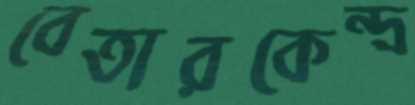
বেতারকেন্দ্র